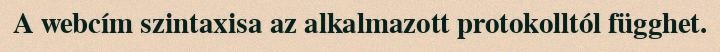
A webcím szintaxisa az alkalmazott protokolltól függhet.